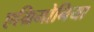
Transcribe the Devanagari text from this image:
एग्रिमोनिया